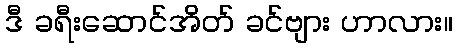
ဒီ ခရီးဆောင်အိတ် ခင်ဗျား ဟာလား။